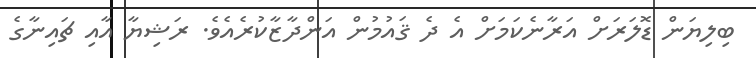
ބިލިޔަން ޑޮލަރަށް އަރާނެކަމަށް އެ ދެ ޤައުމުން އަންދާޒާކުރެއެވެ. ރަޝިޔާ އާއި ޗައިނާގެ